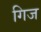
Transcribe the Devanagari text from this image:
गिज